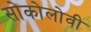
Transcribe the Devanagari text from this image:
सोकोलोवी